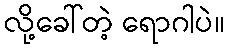
လို့ခေါ်တဲ့ ရောဂါပဲ။